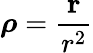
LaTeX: {\boldsymbol{\rho}}={\frac{\mathbf{r}}{r^{2}}}